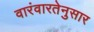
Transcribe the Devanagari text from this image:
वारंवारतेनुसार